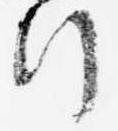
行